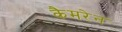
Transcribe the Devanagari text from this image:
कैमरेन